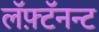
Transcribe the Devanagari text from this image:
लॅफ़्टॅनन्ट